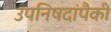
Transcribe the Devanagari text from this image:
उपनिषदांपैकी